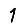
Digit: 1